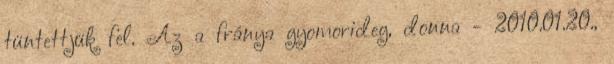
tüntettjük fel. Az a fránya gyomorideg, donna - 2010.01.20.,